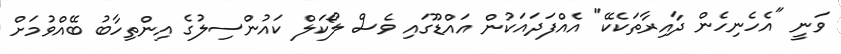
ވަނީ "އެހެނިހެން ދާއިރާތަކެކޭ" އެއްފަދައަކުން އައްޑޫގައި ވެސް ލޯކަލް ކައުންސިލުގެ އިންތިހާބު ބޭއްވުމަށް